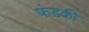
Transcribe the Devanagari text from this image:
फंडकी